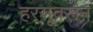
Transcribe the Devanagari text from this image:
हरसूवरून